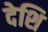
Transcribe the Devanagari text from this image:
देशि